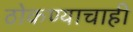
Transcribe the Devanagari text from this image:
ठोकण्याचाही